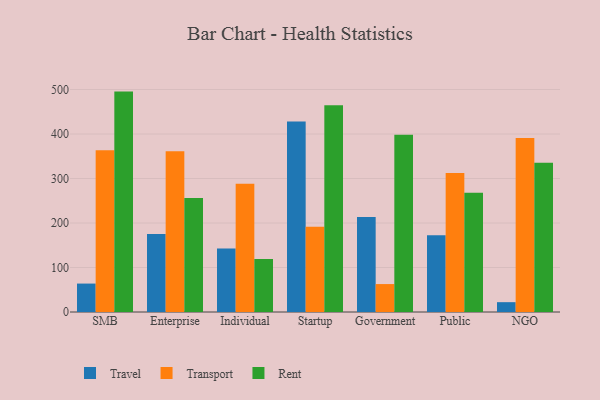
{"axis": {"x": "Segment", "y": "Market Share (%)"}, "legend": ["Rent", "Transport", "Travel"], "data": [{"x": "SMB", "y": 63.9, "type": "Travel"}, {"x": "SMB", "y": 363.3, "type": "Transport"}, {"x": "SMB", "y": 495.3, "type": "Rent"}, {"x": "Enterprise", "y": 175.1, "type": "Travel"}, {"x": "Enterprise", "y": 361.0, "type": "Transport"}, {"x": "Enterprise", "y": 256.3, "type": "Rent"}, {"x": "Individual", "y": 142.9, "type": "Travel"}, {"x": "Individual", "y": 288.4, "type": "Transport"}, {"x": "Individual", "y": 119.2, "type": "Rent"}, {"x": "Startup", "y": 428.1, "type": "Travel"}, {"x": "Startup", "y": 191.6, "type": "Transport"}, {"x": "Startup", "y": 464.6, "type": "Rent"}, {"x": "Government", "y": 213.7, "type": "Travel"}, {"x": "Government", "y": 62.8, "type": "Transport"}, {"x": "Government", "y": 398.6, "type": "Rent"}, {"x": "Public", "y": 172.3, "type": "Travel"}, {"x": "Public", "y": 312.3, "type": "Transport"}, {"x": "Public", "y": 268.1, "type": "Rent"}, {"x": "NGO", "y": 22.1, "type": "Travel"}, {"x": "NGO", "y": 391.3, "type": "Transport"}, {"x": "NGO", "y": 335.5, "type": "Rent"}]}